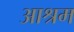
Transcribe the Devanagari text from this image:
अाश्रम